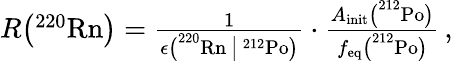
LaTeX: \begin{array}{r}{R\big(\mathrm{^{220}Rn}\big)=\frac{1}{\epsilon\big(^{220}\mathrm{Rn}\, \big|\, ^{212}\mathrm{Po}\big)}\cdot\frac{A_{\mathrm{init}}\big(^{212}\mathrm{Po}\big)}{f_{\mathrm{eq}}\big(^{212}\mathrm{Po}\big)}\, ,}\end{array}